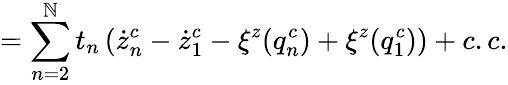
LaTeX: =\sum_{n=2}^{\cal\mathbb{N}}t_{n}\left(\dot{{z}}_{n}^{c}-\dot{{z}}_{1}^{c}-\xi^{z}(q_{n}^{c})+\xi^{z}(q_{1}^{c})\right)+c.c.